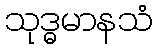
သုဒ္ဓမာနသံ